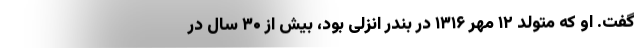
گفت. او که متولد ۱۲ مهر ۱۳۱۶ در بندر انزلی بود، بیش از ۳۰ سال در